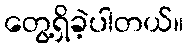
တွေ့ရှိခဲ့ပါတယ်။